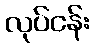
လုပ်ငန်း